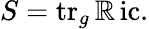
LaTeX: S=\operatorname{tr}_{g}\operatorname{\mathbb{R}ic}.